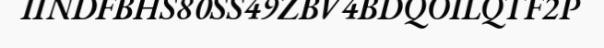
IINDFBHS80SS49ZBV4BDQOILQTF2P